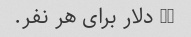
50 دلار برای هر نفر.